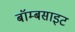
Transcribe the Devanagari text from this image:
बॉम्बसाइट